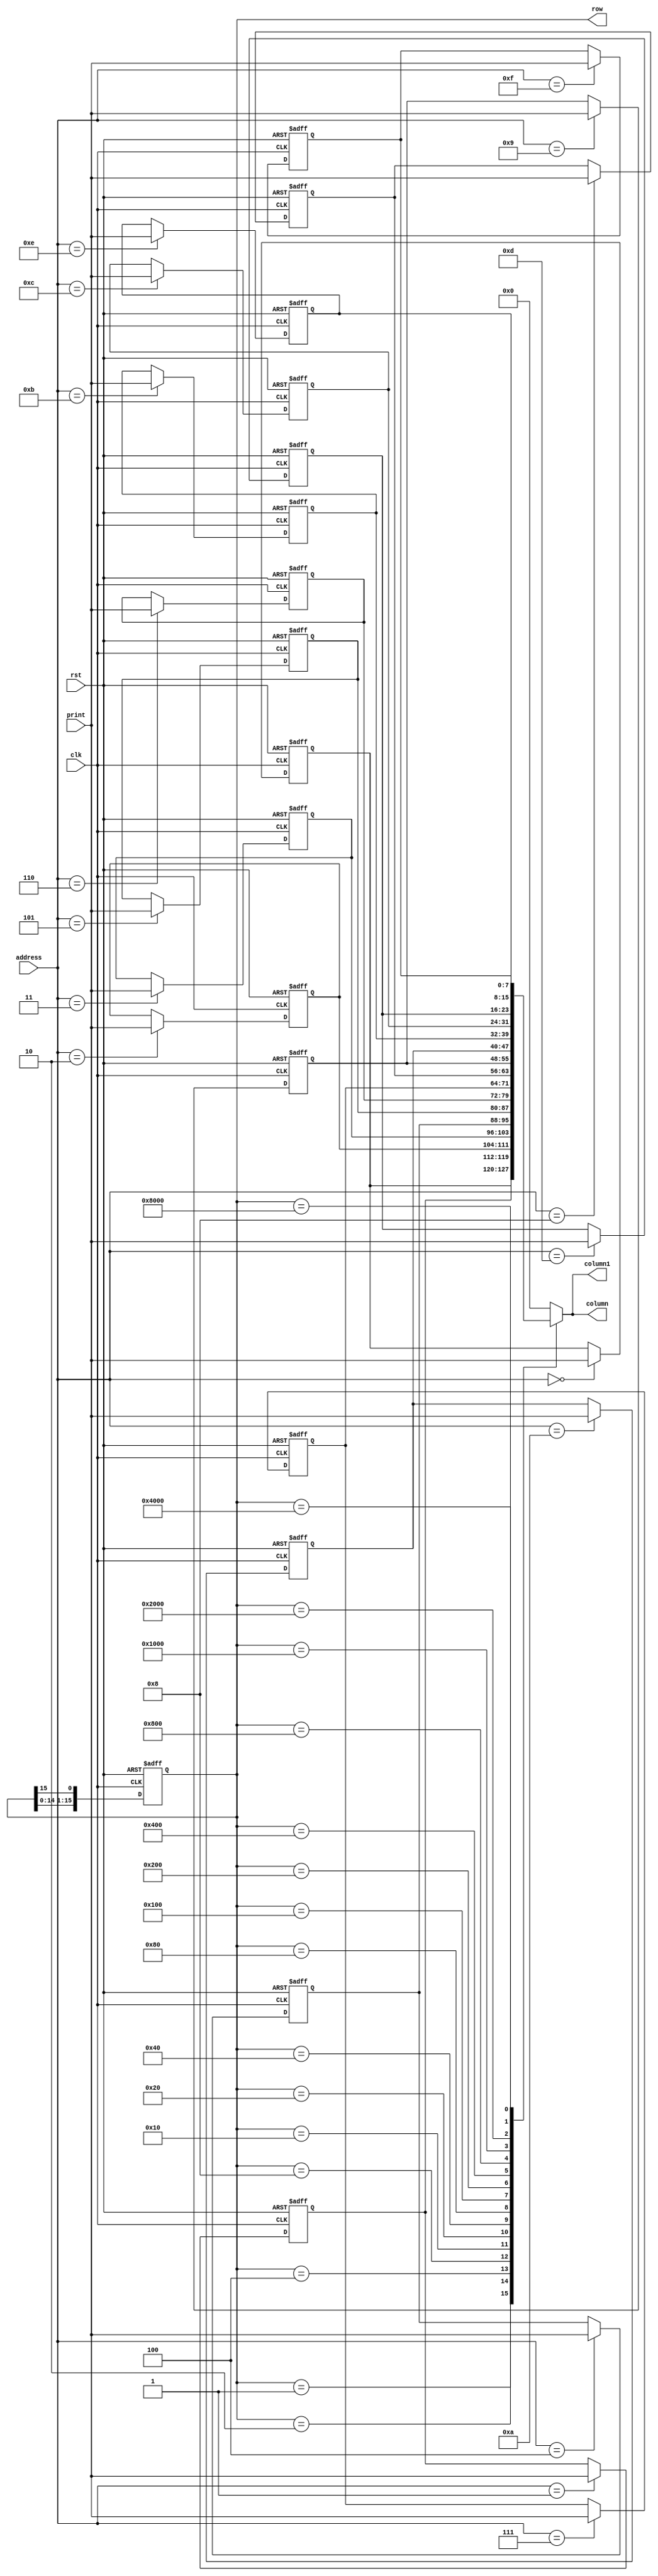
module matrix(row,column,rst,clk,print,address,column1);
output reg[7:0]column;
output [7:0]column1;
output reg [15:0]row;
input rst,clk;
input [7:0]print;
input [3:0]address;
reg [7:0]mem[15:0];
integer i;
assign column1=column;
reg [25:0]divclk;

always@(posedge clk or negedge rst)
begin
 if(~rst)
  divclk<=26'd0;  
 else 
  divclk<=divclk+1;               
end

always@(posedge clk or negedge rst)begin
	if(~rst)
	 begin
	  for(i=0;i<16;i=i+1)
       mem[i]<=8'd0;
	 end
	else 
		mem[address]<=print;
end

always@(posedge clk or negedge rst)begin
	if(~rst)
	  row<=16'd1;
	else 
	   row<={row[14:0],row[15]};
end
	
always@(row)begin
  case(row)
  16'd1:    column<=mem[0];
  16'd2:    column<=mem[1];
  16'd4:    column<=mem[2];
  16'd8:    column<=mem[3];
  16'd16:   column<=mem[4];
  16'd32:   column<=mem[5];
  16'd64:   column<=mem[6];
  16'd128:  column<=mem[7];
  16'd256:  column<=mem[8];
  16'd512:  column<=mem[9];
  16'd1024: column<=mem[10];
  16'd2048: column<=mem[11];
  16'd4096: column<=mem[12];
  16'd8192: column<=mem[13];
  16'd16384:column<=mem[14];
  16'd32768:column<=mem[15];
  default:column<=8'd0;
  endcase
end
endmodule